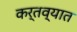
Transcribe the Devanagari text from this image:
कर्तव्यात